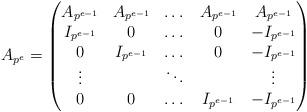
LaTeX: \begin{align*} A_{p^e} = \left(\begin{matrix} A_{p^{e-1}} & A_{p^{e-1}} & \dots & A_{p^{e-1}} & A_{p^{e-1}} \\ I_{p^{e-1}} & 0 & \dots & 0 & -I_{p^{e-1}} \\ 0 & I_{p^{e-1}} & \dots & 0 & -I_{p^{e-1}} \\ \vdots & &\ddots & & \vdots\\ 0 & 0 & \dots & I_{p^{e-1}} & -I_{p^{e-1}} \end{matrix}\right)\end{align*}